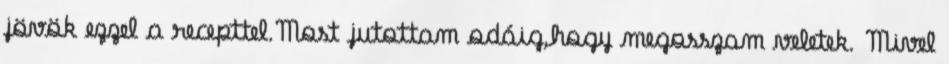
jövök ezzel a recepttel.Most jutottam odáig,hogy megosszam veletek. Mivel